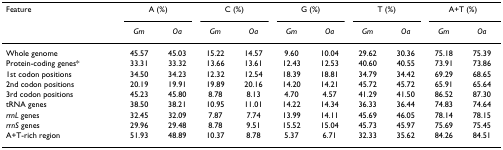
| Feature | <COLSPAN=2> A (%) | <COLSPAN=2> C (%) | <COLSPAN=2> G (%) | <COLSPAN=2> T (%) | <COLSPAN=2> A+T (%) |
 |  | Gm | Oa | Gm | Oa | Gm | Oa | Gm | Oa | Gm | Oa |
 | --- | --- | --- | --- | --- | --- | --- | --- | --- | --- | --- |
 | Whole genome | 45.57 | 45.03 | 15.22 | 14.57 | 9.60 | 10.04 | 29.62 | 30.36 | 75.18 | 75.39 |
 | Protein-coding genes* | 33.31 | 33.32 | 13.66 | 13.61 | 12.43 | 12.53 | 40.60 | 40.55 | 73.91 | 73.86 |
 | 1st codon positions | 34.50 | 34.23 | 12.32 | 12.54 | 18.39 | 18.81 | 34.79 | 34.42 | 69.29 | 68.65 |
 | 2nd codon positions | 20.19 | 19.91 | 19.89 | 20.16 | 14.20 | 14.21 | 45.72 | 45.72 | 65.91 | 65.64 |
 | 3rd codon positions | 45.23 | 45.80 | 8.78 | 8.13 | 4.70 | 4.57 | 41.29 | 41.50 | 86.52 | 87.30 |
 | tRNA genes | 38.50 | 38.21 | 10.95 | 11.01 | 14.22 | 14.34 | 36.33 | 36.44 | 74.83 | 74.64 |
 | rrnL genes | 32.45 | 32.09 | 7.87 | 7.74 | 13.99 | 14.11 | 45.69 | 46.05 | 78.14 | 78.15 |
 | rrnS genes | 29.96 | 29.48 | 8.78 | 9.51 | 15.52 | 15.04 | 45.73 | 45.97 | 75.69 | 75.45 |
 | A+T-rich region | 51.93 | 48.89 | 10.37 | 8.78 | 5.37 | 6.71 | 32.33 | 35.62 | 84.26 | 84.51 |